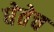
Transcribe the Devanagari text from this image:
घेतेच